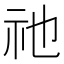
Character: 祂